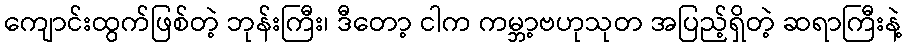
ကျောင်းထွက်ဖြစ်တဲ့ ဘုန်းကြီး၊ ဒီတော့ ငါက ကမ္ဘာ့ဗဟုသုတ အပြည့်ရှိတဲ့ ဆရာကြီးနဲ့